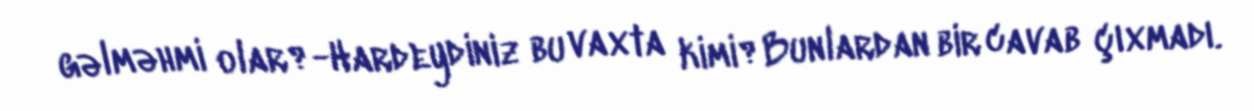
gəlməhmi olar?-Hardeydiniz bu vaxta kimi?Bunlardan bir cavab çıxmadı.